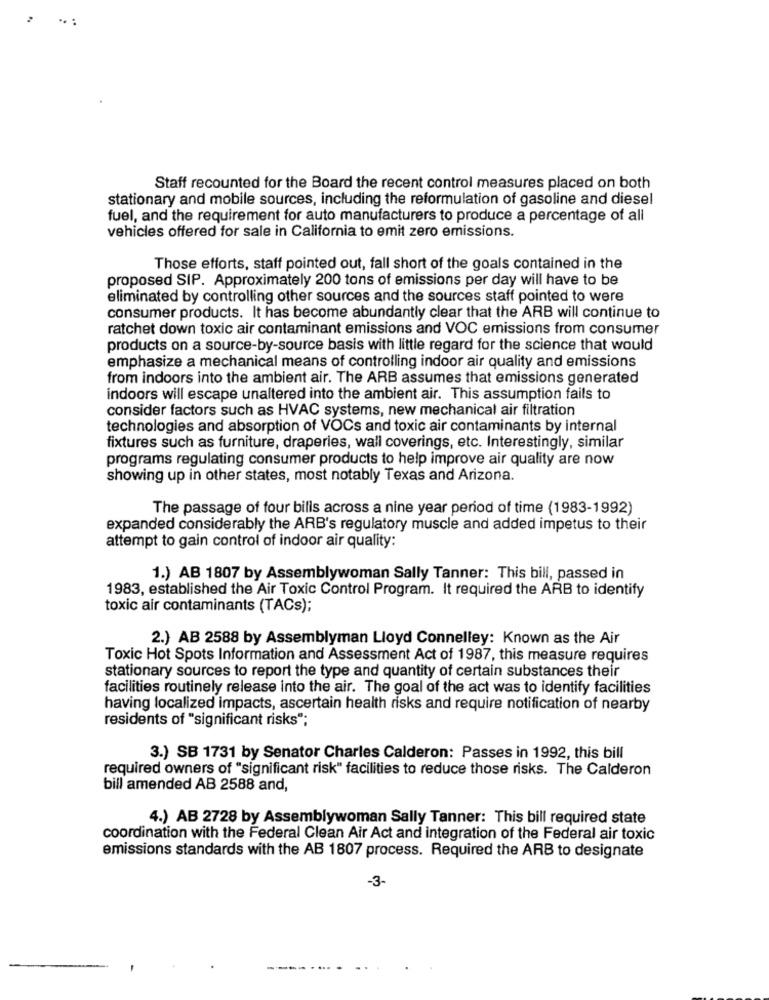
Staff recounted for the Board the recent control measures placed on both
stationary and mobile sources, including the reformulation of gasoline and diesel
fuel, and the requirement for auto manufacturers to produce a percentage of all
vehicles offered for sale in California to emit zero emissions.
Those efforts, staff pointed out, fall short of the goals contained in the
proposed SIP. Approximately 200 tons of emissions per day will have to be
eliminated by controlling other sources and the sources staff pointed to were
consumer products. It has become abundantly clear that the ARB will continue to
ratchet down toxic air contaminant emissions and VOC emissions from consumer
products on a source-by-source basis with little regard for the science that would
emphasize a mechanical means of controlling indoor air quality and emissions
from indoors into the ambient air. The ARB assumes that emissions generated
indoors will escape unaltered into the ambient air. This assumption fails to
consider factors such as HVAC systems, new mechanical air filtration
technologies and absorption of VOCs and toxic air contaminants by internal
fixtures such as furniture, draperies, wall coverings, etc. Interestingly, similar
programs regulating consumer products to help improve air quality are now
showing up in other states, most notably Texas and Arizona.
The passage of four bills across a nine year period of time (1983-1992)
expanded considerably the ARB's regulatory muscle and added impetus to their
attempt to gain control of indoor air quality:
1.) AB 1807 by Assemblywoman Sally Tanner: This bill, passed in
1983, established the Air Toxic Control Program. It required the ARB to identify
toxic air contaminants (TACs);
2.) AB 2588 by Assemblyman Lloyd Connelley: Known as the Air
Toxic Hot Spots Information and Assessment Act of 1987, this measure requires
stationary sources to report the type and quantity of certain substances their
facilities routinely release into the air. The goal of the act was to identify facilities
having localized impacts, ascertain health risks and require notification of nearby
residents of "significant risks";
3.) SB 1731 by Senator Charles Calderon: Passes in 1992, this bill
required owners of "significant risk" facilities to reduce those risks. The Calderon
bill amended AB 2588 and,
4.) AB 2728 by Assemblywoman Sally Tanner: This bill required state
coordination with the Federal Clean Air Act and integration of the Federal air toxic
emissions standards with the AB 1807 process. Required the ARB to designate
-3-